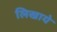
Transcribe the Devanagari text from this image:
लिखाये